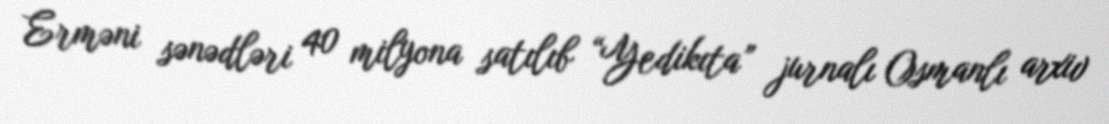
Erməni sənədləri 40 milyona satılıb “Yedikıta” jurnalı Osmanlı arxiv